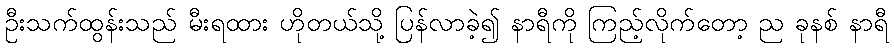
ဦးသက်ထွန်းသည် မီးရထား ဟိုတယ်သို့ ပြန်လာခဲ့၍ နာရီကို ကြည့်လိုက်တော့ ည ခုနစ် နာရီ